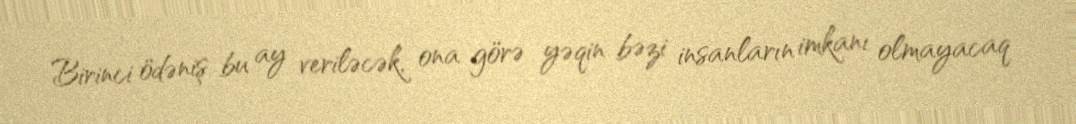
Birinci ödəniş bu ay veriləcək, ona görə yəqin bəzi insanların imkanı olmayacaq